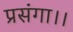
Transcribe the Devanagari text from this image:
प्रसंगा।।